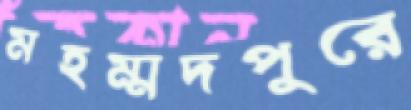
মহম্মদপুরে